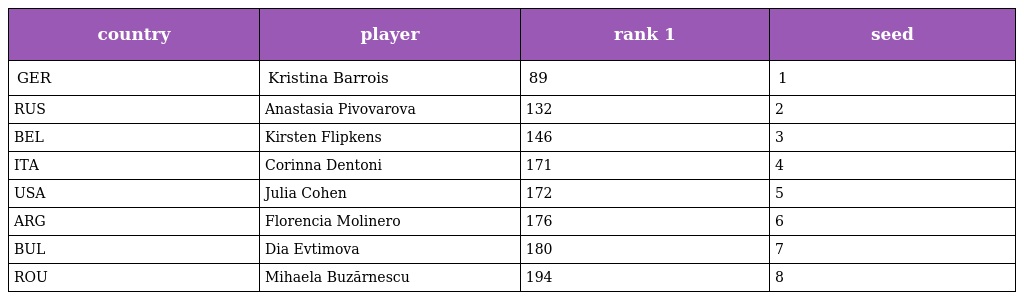
| country | player | rank 1 | seed |
 | --- | --- | --- | --- |
 | GER | Kristina Barrois | 89 | 1 |
 | RUS | Anastasia Pivovarova | 132 | 2 |
 | BEL | Kirsten Flipkens | 146 | 3 |
 | ITA | Corinna Dentoni | 171 | 4 |
 | USA | Julia Cohen | 172 | 5 |
 | ARG | Florencia Molinero | 176 | 6 |
 | BUL | Dia Evtimova | 180 | 7 |
 | ROU | Mihaela Buzărnescu | 194 | 8 |